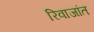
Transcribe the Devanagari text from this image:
रिवाजांत